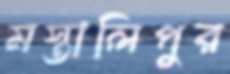
মস্তালিপুর